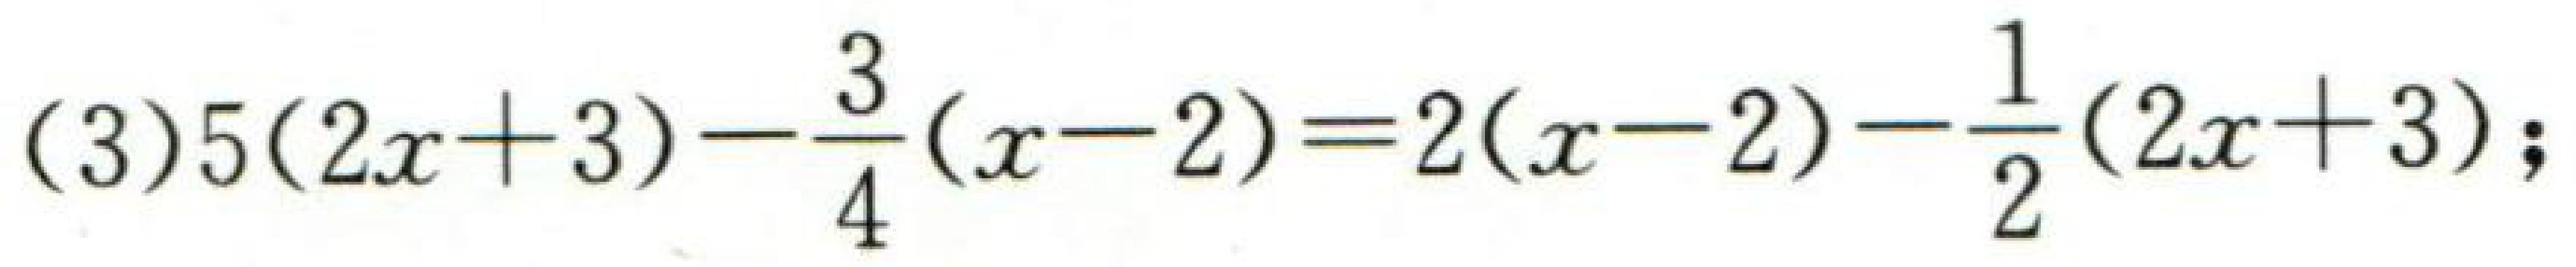
\((3)5(2x + 3)-\dfrac{3}{4}(x - 2)=2(x - 2)-\dfrac{1}{2}(2x + 3)\)；